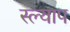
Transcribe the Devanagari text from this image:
स्ल्याप